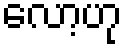
လော့ဟု